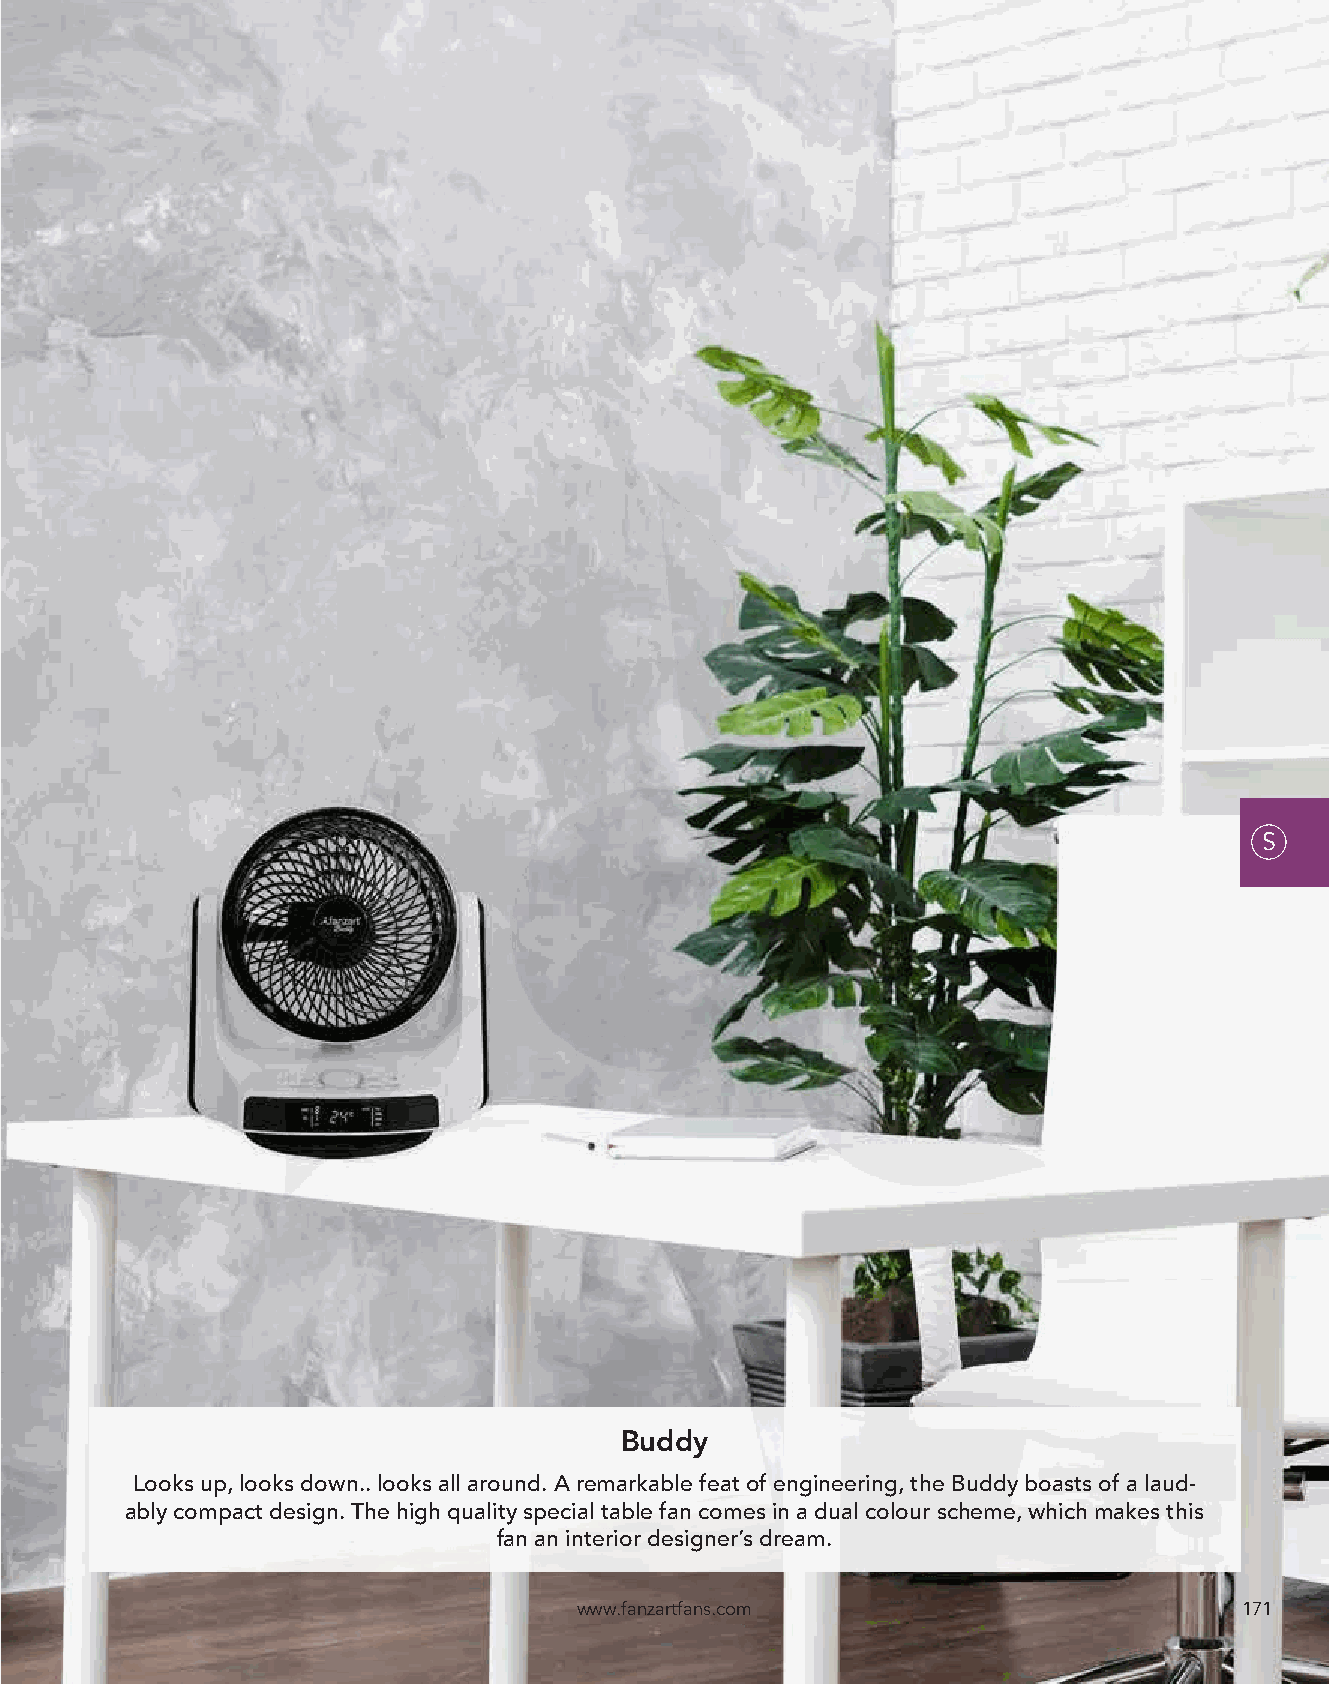
S
 Buddy
 Looks up, looks down.. looks all around. A remarkable feat of engineering, the Buddy boasts of a laud-
 ably compact design. The high quality special table fan comes in a dual colour scheme, which makes this
 fan an interior designer’s dream.
 www.fanzartfans.com                         171